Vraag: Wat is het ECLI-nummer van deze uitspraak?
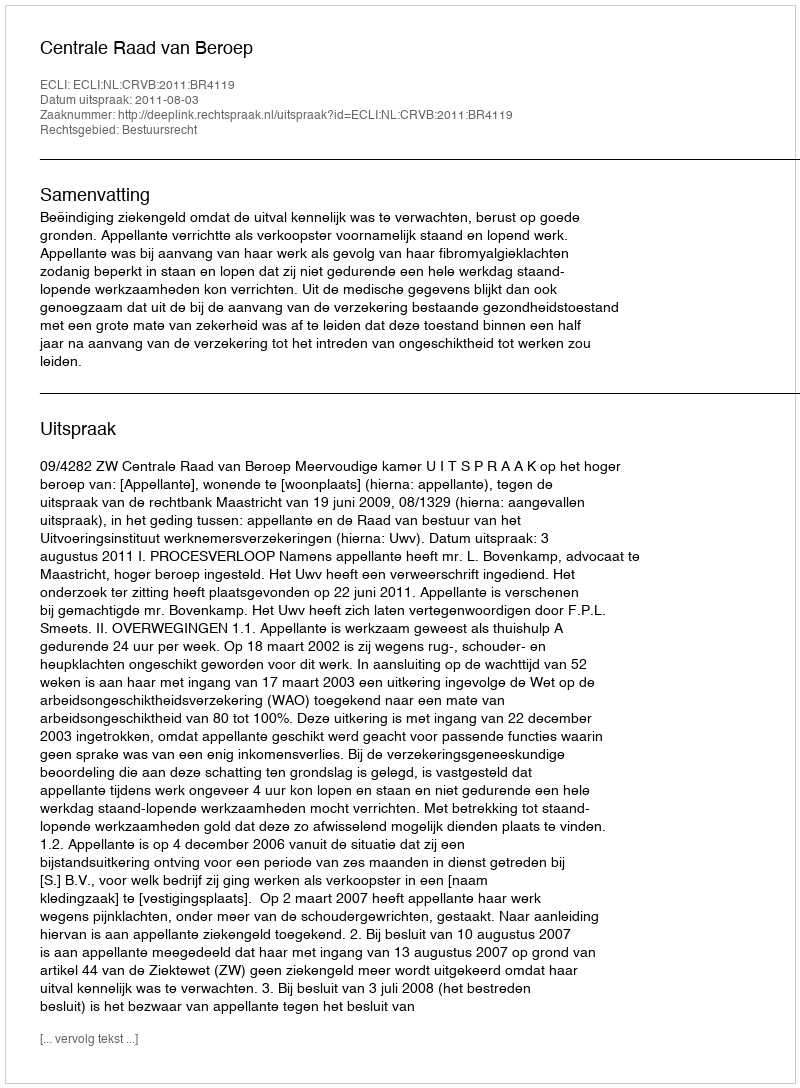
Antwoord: ECLI:NL:CRVB:2011:BR4119